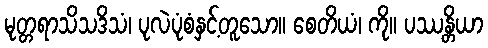
မုတ္တရာသိသဒိသံ၊ ပုလဲပုံစံနှင့်တူသော။ စေတိယံ၊ ကို။ ပဿန္တိယာ